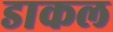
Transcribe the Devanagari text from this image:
डाकल